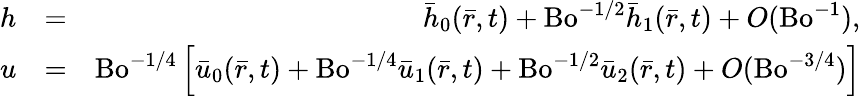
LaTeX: \begin{array}{rlr}{h}&{=}&{\bar{h}_{0}(\bar{r},t)+\mathrm{Bo}^{-1/2}\bar{h}_{1}(\bar{r},t)+O(\mathrm{Bo}^{-1}),}\\ {u}&{=}&{\mathrm{Bo}^{-1/4}\left[\bar{u}_{0}(\bar{r},t)+\mathrm{Bo}^{-1/4}\bar{u}_{1}(\bar{r},t)+\mathrm{Bo}^{-1/2}\bar{u}_{2}(\bar{r},t)+O(\mathrm{Bo}^{-3/4})\right]}\end{array}